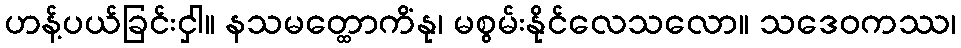
ဟန့်ပယ်ခြင်းငှါ။ နသမတ္ထောကိံနု၊ မစွမ်းနိုင်လေသလော။ သဒေဝကဿ၊